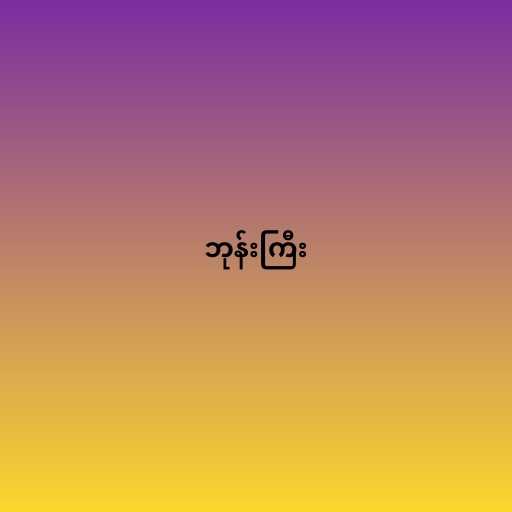
ဘုန်းကြီး